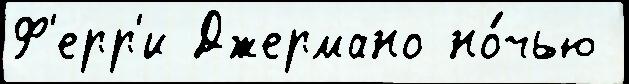
Ф'ерр'и Джермано но́чью